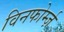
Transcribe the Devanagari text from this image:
विनफोर्म्ज़